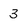
Character: 3